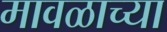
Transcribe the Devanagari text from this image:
मावळाच्या